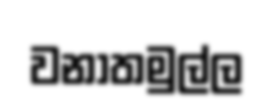
වනාතමුල්ල